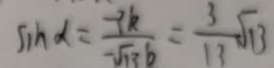
\sin \alpha = \frac { - 3 k } { - \sqrt { 1 3 } b } = \frac { 3 } { 1 3 } \sqrt { 1 3 }